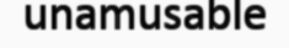
unamusable